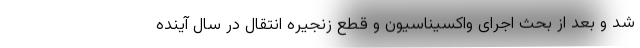
شد و بعد از بحث اجرای واکسیناسیون و قطع زنجیره انتقال در سال آینده